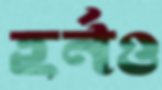
হর্নও